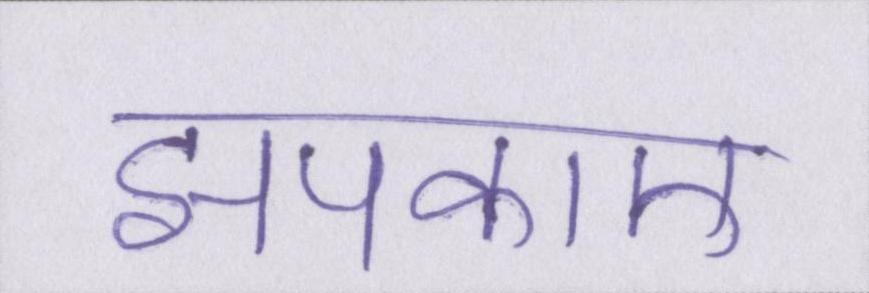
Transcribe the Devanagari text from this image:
झपकाए